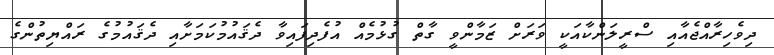
ދިވެހިރާއްޖެއާއި ސްރީލަންކާއަކީ ވަރަށް ޒަމާންވީ ގާތް ގުޅުމެއް އުފެދިފައިވާ ދެޤައުމުކަމަށާއި ދެޤައުމުގެ ރައްޔިތުންގެ